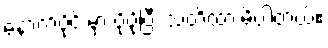
နောက်ပိုင်းမှာ ပိုပိုပြီး သတိထားမိပါတယ်။